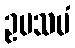
ဥပသမံ